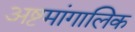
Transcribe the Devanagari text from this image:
अष्टमांगालिक